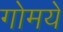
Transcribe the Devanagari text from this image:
गोमयें